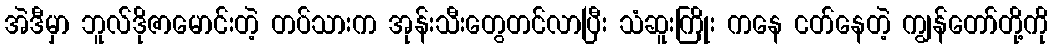
အဲဒီမှာ ဘူလ်ဒိုဇာမောင်းတဲ့ တပ်သားက အုန်းသီးတွေတင်လာပြီး သံဆူးကြိုး ကနေ ငတ်နေတဲ့ ကျွန်တော်တို့ကို